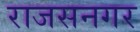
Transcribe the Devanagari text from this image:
राजसनगर